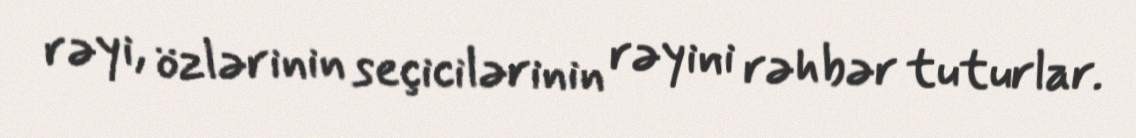
rəyi, özlərinin seçicilərinin rəyini rəhbər tuturlar.